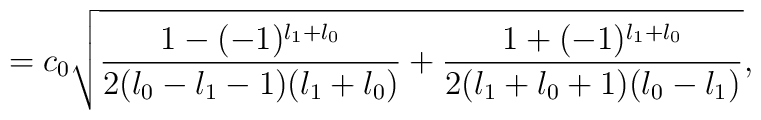
=c_{0} \sqrt{\frac{1 - (-1)^{l_{1}+l_{0}}}{2(l_{0}-l_{1}-1)(l_{1}+l_{0})} + \frac{1 + (-1)^{l_{1}+l_{0}}}{2(l_{1}+l_{0}+1)(l_{0}-l_{1})}},